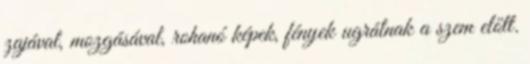
zajával, mozgásával, rohanó képek, fények ugrálnak a szem előtt.